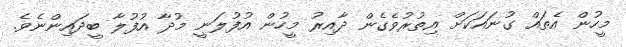
މީހުން އެތައް ގުނައަކަށް އިތުރުވެގެން ދާއިރު މީހުން އުފުލަނީ މުދާ އުފުލާ ބީދައިންނެވެ.